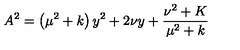
A ^ { 2 } = \left( \mu ^ { 2 } + k \right) y ^ { 2 } + 2 \nu y + \frac { \nu ^ { 2 } + K } { \mu ^ { 2 } + k }